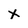
Character: X